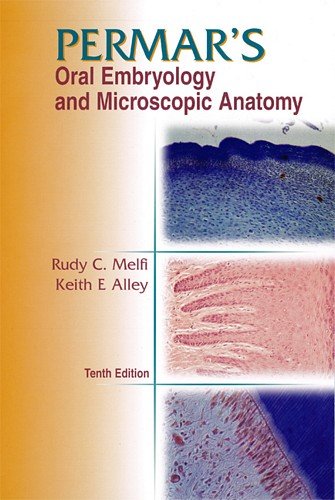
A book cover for Permar's Oral Embryology and Microscopic Anatomy: A Textbook for Students in Dental Hygiene; Rudy C. Melfi DDS  PhD; Medical Books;